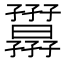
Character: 𡦷